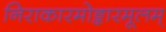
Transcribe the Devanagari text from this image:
निराकारमोङ्कारमूलम्